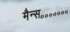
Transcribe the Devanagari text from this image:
मैन्स॰॰॰॰॰॰॰